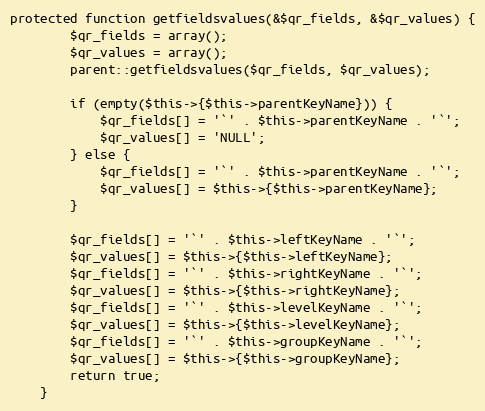
Language: PHP
protected function getfieldsvalues(&$qr_fields, &$qr_values) {
		$qr_fields = array();
		$qr_values = array();
		parent::getfieldsvalues($qr_fields, $qr_values);

		if (empty($this->{$this->parentKeyName})) {
			$qr_fields[] = '`' . $this->parentKeyName . '`';
			$qr_values[] = 'NULL';
		} else {
			$qr_fields[] = '`' . $this->parentKeyName . '`';
			$qr_values[] = $this->{$this->parentKeyName};
		}

		$qr_fields[] = '`' . $this->leftKeyName . '`';
		$qr_values[] = $this->{$this->leftKeyName};
		$qr_fields[] = '`' . $this->rightKeyName . '`';
		$qr_values[] = $this->{$this->rightKeyName};
		$qr_fields[] = '`' . $this->levelKeyName . '`';
		$qr_values[] = $this->{$this->levelKeyName};
		$qr_fields[] = '`' . $this->groupKeyName . '`';
		$qr_values[] = $this->{$this->groupKeyName};
		return true;
	}